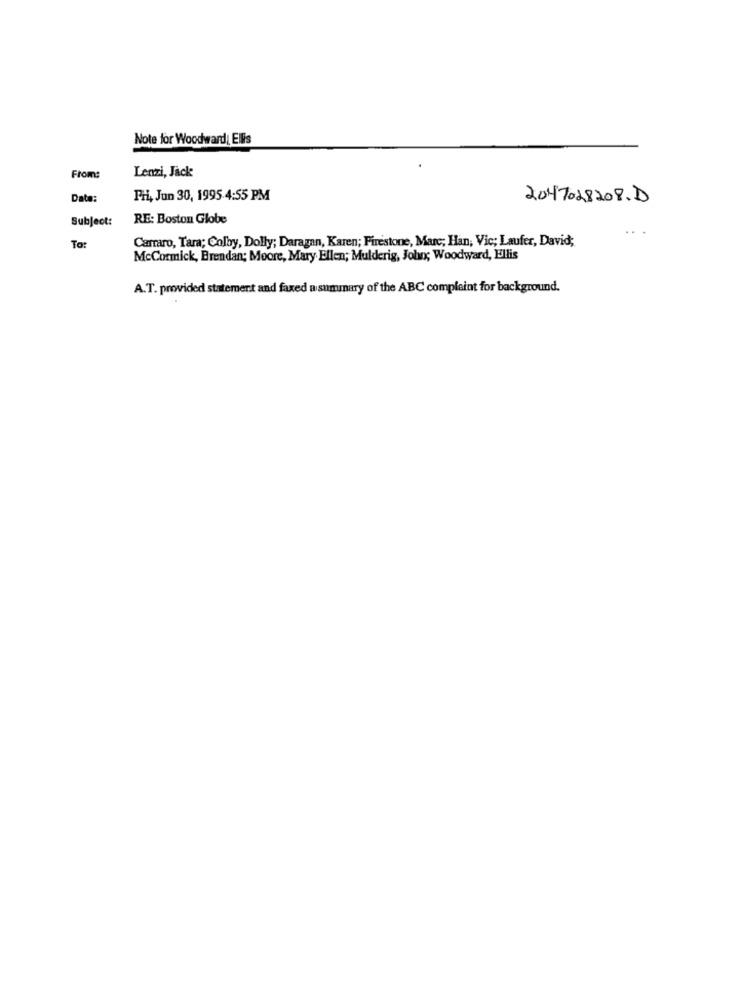
Note for Woodward Ellis
From:
Lenzi, Jack
Date:
Fri, Jun 30, 1995.4:55 PM
2047028208.D
Subject:
RE: Boston Globe
..
Carraro, Tara; Colby, Dolly; Daragan, Karen; Firestone, Marc; Han, Vic; Laufer, David;
To:
McCormick, Brendan; Moore, Mary Ellen; Mulderig, John; Woodward, Ellis
A.T. provided statement and faxed a summary of the ABC complaint for background.